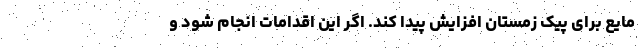
مایع برای پیک زمستان افزایش پیدا کند. اگر این اقدامات انجام شود و